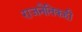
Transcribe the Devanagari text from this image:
राजनैतिकही